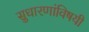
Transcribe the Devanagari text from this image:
सुधारणांविषयी